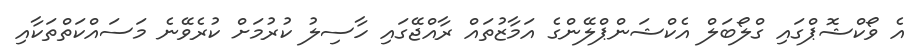
އެ ވޯކްޝޮޕްގައި ގްލޯބަލް އެކްޝަންޕްލޭންގެ އަމާޒުތައް ރާއްޖޭގައި ހާސިލު ކުރުމަށް ކުރެވޭނެ މަސައްކަތްތަކާއި